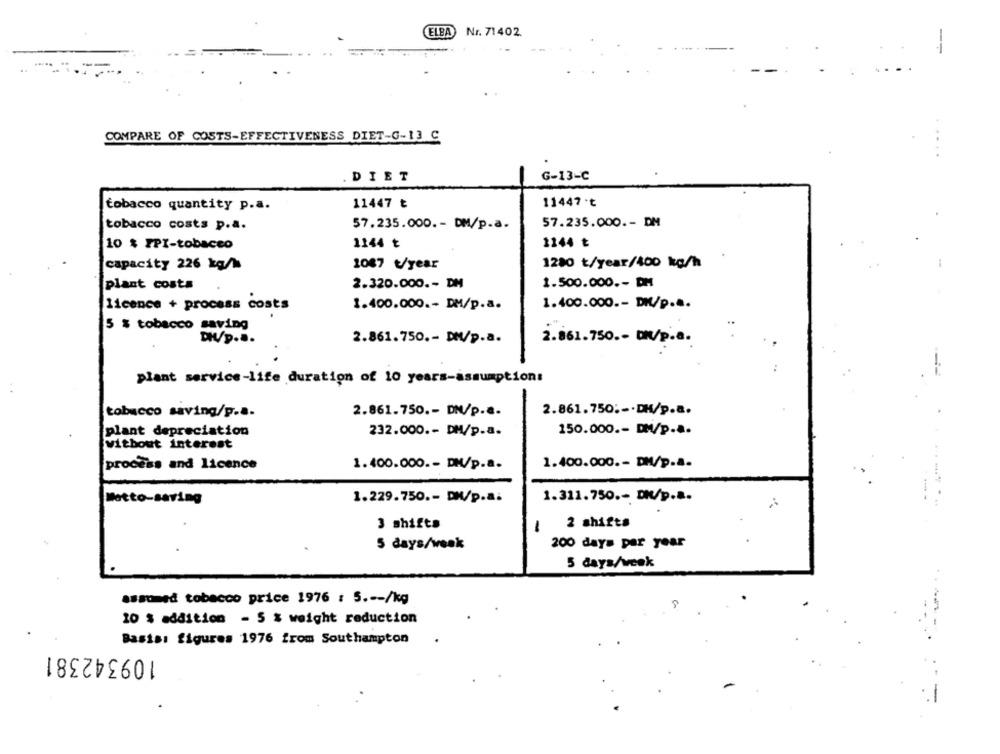
ELBA
Nr. 71402
COMPARE OF COSTS-EFFECTIVENESS DIET-G-13 C
. DIET
G-13-C
11447.t
tobacco quantity p.a.
11447 ₺
tobacco costs p.a.
57.235.000. - DM/p.a.
57.235.000. - DM
10 $ PPI-tobacco
1144 ₺
1244 ₺
1087 t/year
1200 t/year/400 kg/h
capacity 226 kg/h
plant costs
2.320.000 .- DM
1.500.000 ,- DM
licence + process costs
1.400.000 .- DM/p.a.
1.400.000 .- DM/p ...
5 % tobacco saving
2.861.750 .- DM/p.a.
2.861.750. - DR/P.a.
plant service-life duration of 10 years-assumption:
tobacco saving/p.a.
2.861.750 .- DN/p.a.
2.861.750 :-. DH/p.a.
plant depreciation
232.000 .- DM/p.a.
150.000 .- DM/p.a.
without interest
process and licence
1.400.000 .- DM/p.a.
1.400.000 .- DM/p.a.
1.311.750 .- DN/p ...
Motto-saving
1.229.750 .- DM/p.a.
3 shifts
-
2 shifts
5 days/week
200 days per year
5 days/week
assumed tobacco price 1976 : 5 .-- /kg
10 $ addition - 5 % weight reduction
Basis: figures 1976 from Southampton
109342381